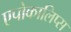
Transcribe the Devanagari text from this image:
एपोकालिप्स